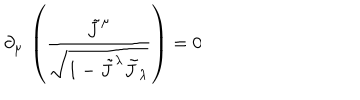
LaTeX: \partial _ { \mu } \, \left( \frac { \tilde { J } ^ { \mu } } { \sqrt { 1 - \tilde { J } ^ { \lambda } \tilde { J } _ { \lambda } } } \right) = 0